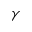
\gamma